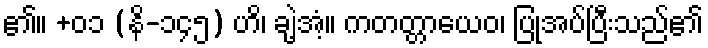
၏။ +၀၁ (နိ-၁၄၅) ဟိ၊ ချဲ့အံ့။ ကတတ္တာယေဝ၊ ပြုအပ်ပြီးသည်၏